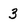
Character: 3